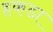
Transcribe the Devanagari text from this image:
हकडा